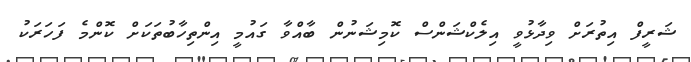
ޝަރީފް އިތުރަށް ވިދާޅުވީ އިލެކްޝަންސް ކޮމިޝަނުން ބާއްވާ ގައުމީ އިންތިހާބުތަކަށް ކޮންމެ ފަހަރަކު